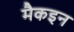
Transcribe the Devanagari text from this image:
मैकइन